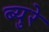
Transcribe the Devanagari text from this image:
ब्युरे